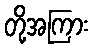
တို့အကြား